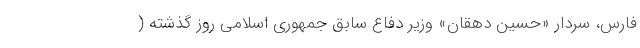
فارس، سردار «حسین دهقان» وزیر دفاع سابق جمهوری اسلامی روز گذشته (